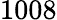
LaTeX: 1008